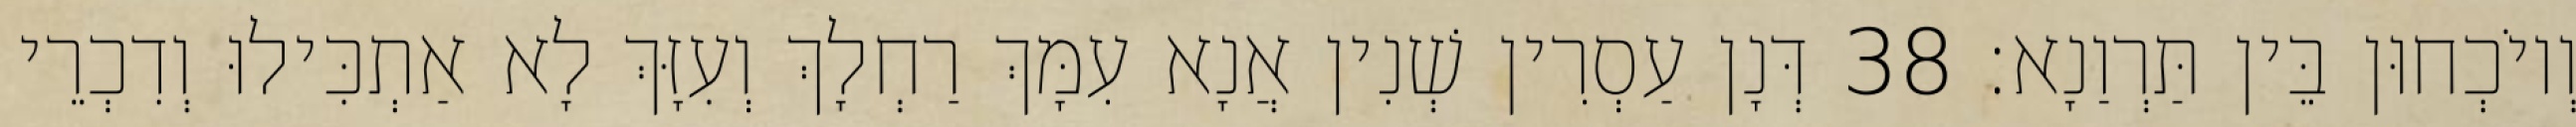
וְיוֹכְחוּן בֵּין תַּרְוַנָא׃ 38 דְּנָן עַסְרִין שְׁנִין אֲנָא עִמָּךְ רַחְלָךְ וְעִזָּךְ לָא אַתְכִּילוּ וְדִכְרֵי